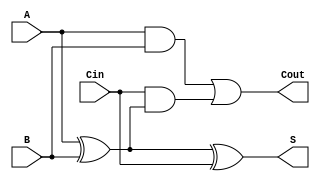
`timescale 1ns / 1ps
//////////////////////////////////////////////////////////////////////////////////
// Company: 
// Engineer: 
// 
// Design Name: 
// Module Name: one_bit
// Project Name: 
// Target Devices: 
// Tool Versions: 
// Description: 
// 
// Dependencies: 
// 
// Revision:
// Revision 0.01 - File Created
// Additional Comments:
// 
//////////////////////////////////////////////////////////////////////////////////


module one_bit(
    input A,
    input B,
    input Cin,
    output S,
    output Cout
    );
    
    assign S = A ^ B ^ Cin;
    assign Cout = (A & B) | (Cin & (A ^ B));
endmodule